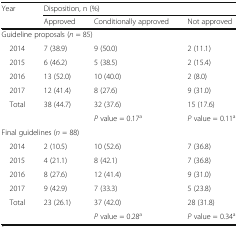
<table><thead><tr><td rowspan="2"><b>Year</b></td><td colspan="3"><b>Disposition, n (%)</b></td></tr><tr><td><b>Approved</b></td><td><b>Conditionally approved</b></td><td><b>Not approved</b></td></tr></thead><tbody><tr><td colspan="4">Guideline proposals (<i>n</i> = 85)</td></tr><tr><td> 2014</td><td>7 (38.9)</td><td>9 (50.0)</td><td>2 (11.1)</td></tr><tr><td> 2015</td><td>6 (46.2)</td><td>5 (38.5)</td><td>2 (15.4)</td></tr><tr><td> 2016</td><td>13 (52.0)</td><td>10 (40.0)</td><td>2 (8.0)</td></tr><tr><td> 2017</td><td>12 (41.4)</td><td>8 (27.6)</td><td>9 (31.0)</td></tr><tr><td> Total</td><td>38 (44.7)</td><td>32 (37.6)</td><td>15 (17.6)</td></tr><tr><td></td><td></td><td><i>P</i> value = 0.17<sup>a</sup></td><td><i>P</i> value = 0.11<sup>a</sup></td></tr><tr><td colspan="4">Final guidelines (<i>n</i> = 88)</td></tr><tr><td> 2014</td><td>2 (10.5)</td><td>10 (52.6)</td><td>7 (36.8)</td></tr><tr><td> 2015</td><td>4 (21.1)</td><td>8 (42.1)</td><td>7 (36.8)</td></tr><tr><td> 2016</td><td>8 (27.6)</td><td>12 (41.4)</td><td>9 (31.0)</td></tr><tr><td> 2017</td><td>9 (42.9)</td><td>7 (33.3)</td><td>5 (23.8)</td></tr><tr><td> Total</td><td>23 (26.1)</td><td>37 (42.0)</td><td>28 (31.8)</td></tr><tr><td></td><td></td><td><i>P</i> value = 0.28<sup>a</sup></td><td><i>P</i> value = 0.34<sup>a</sup></td></tr></tbody></table>